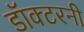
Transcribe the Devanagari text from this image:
डॉक्टरनी